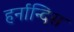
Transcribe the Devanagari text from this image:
हर्नान्दिस